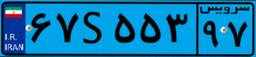
۰۴S۰۷۷۰۹